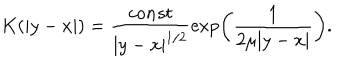
K ( | y - x | ) = \frac { c o n s t } { | y - x | ^ { 1 / 2 } } \exp \left( \frac { 1 } { 2 \mu | y - x | } \right) .